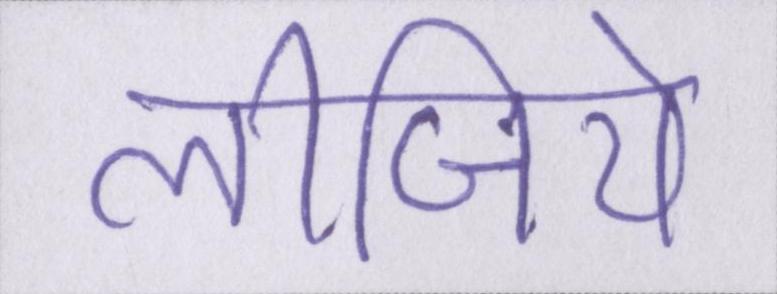
लीजिये